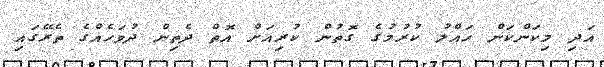
އަދި މިކަންކަން ހައްލު ކުރުމުގެ ގޮތުން ކުރިއަށް އޮތް ދެތިން ދުވަހެއްގެ ތެރޭގައި